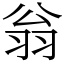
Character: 翁